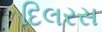
દિલરસ